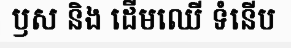
ឫស និង ដើមឈើ ទំនើប